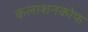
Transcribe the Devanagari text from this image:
कलाशनकोफ